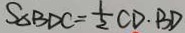
S _ { \Delta B D C } = \frac { 1 } { 2 } C D \cdot B D